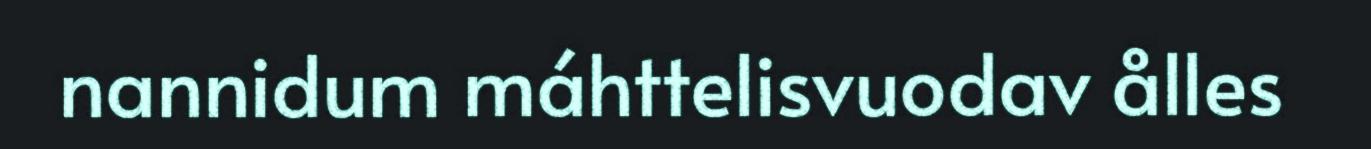
nannidum máhttelisvuodav ålles